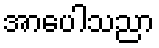
အာပေါသညာ